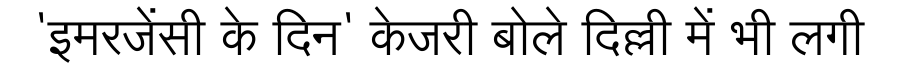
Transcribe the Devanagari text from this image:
'इमरजेंसी के दिन' केजरी बोले दिल्ली में भी लगी